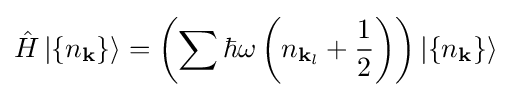
{\hat {H}}\left|\{n_{\mathbf {k} }\}\right\rangle =\left(\sum \hbar \omega \left(n_{\mathbf {k} _{l}}+{\frac {1}{2}}\right)\right)\left|\{n_{\mathbf {k} }\}\right\rangle